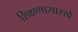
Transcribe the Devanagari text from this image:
शिक्षणासारखे